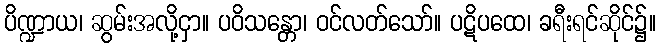
ပိဏ္ဍာယ၊ ဆွမ်းအလို့ငှာ။ ပဝိသန္တော၊ ဝင်လတ်သော်။ ပဋိပထေ၊ ခရီးရင်ဆိုင်၌။